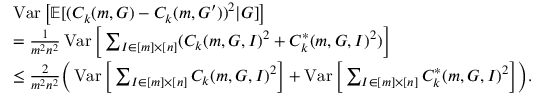
\begin{array} { r l } & { \operatorname { V a r } \big [ \mathbb { E } [ ( C _ { k } ( m , G ) - C _ { k } ( m , G ^ { \prime } ) ) ^ { 2 } | G ] \big ] } \\ & { = \frac { 1 } { m ^ { 2 } n ^ { 2 } } \operatorname { V a r } \bigg [ \sum _ { I \in [ m ] \times [ n ] } ( C _ { k } ( m , G , I ) ^ { 2 } + C _ { k } ^ { \ast } ( m , G , I ) ^ { 2 } ) \bigg ] } \\ & { \le \frac { 2 } { m ^ { 2 } n ^ { 2 } } \bigg ( \operatorname { V a r } \bigg [ \sum _ { I \in [ m ] \times [ n ] } C _ { k } ( m , G , I ) ^ { 2 } \bigg ] + \operatorname { V a r } \bigg [ \sum _ { I \in [ m ] \times [ n ] } C _ { k } ^ { \ast } ( m , G , I ) ^ { 2 } \bigg ] \bigg ) . } \end{array}